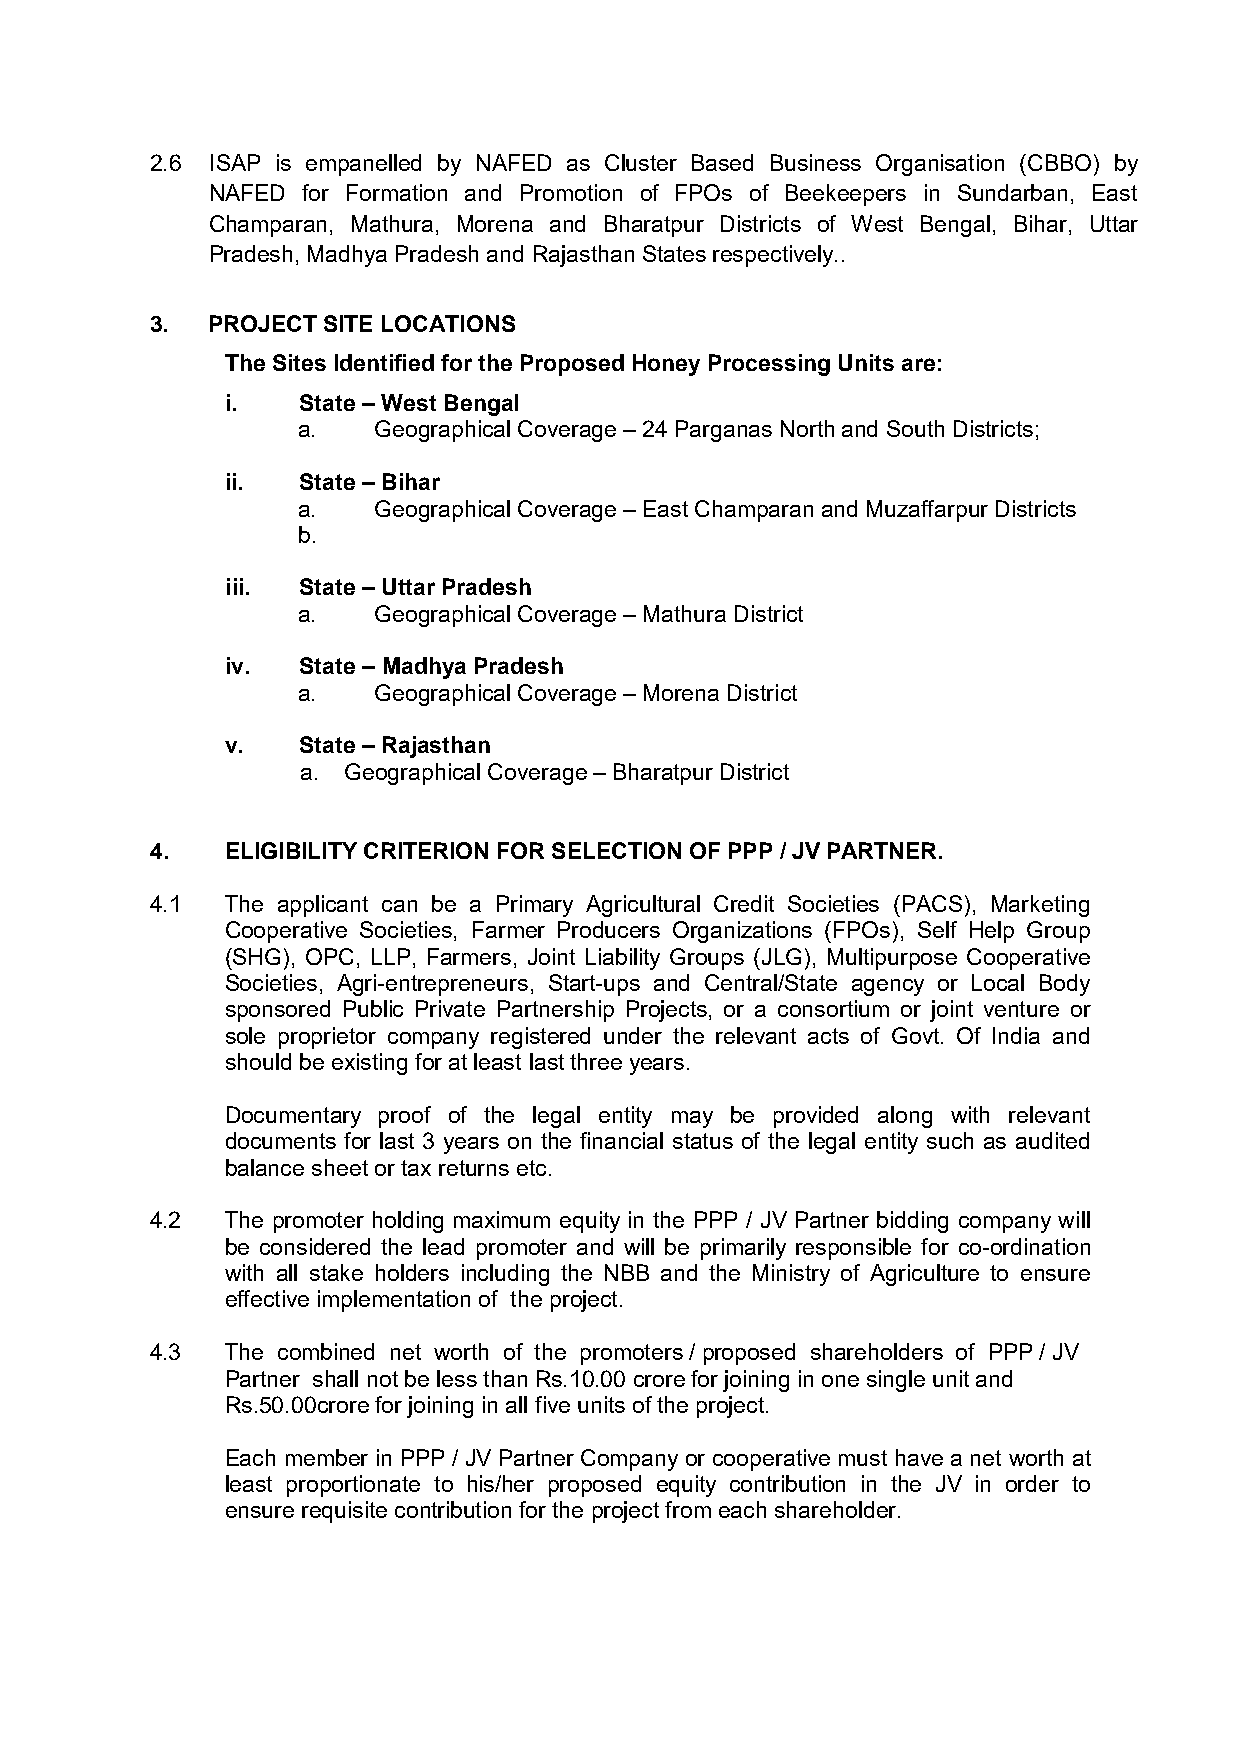
2.6 ISAP is empanelled by NAFED as Cluster Based Business Organisation (CBBO) by
 NAFED for Formation and Promotion of FPOs of Beekeepers in Sundarban, East
 Champaran, Mathura, Morena and Bharatpur Districts of West Bengal, Bihar, Uttar
 Pradesh, Madhya Pradesh and Rajasthan States respectively..
 3.  PROJECT SITE LOCATIONS
 The Sites Identified for the Proposed Honey Processing Units are:
 i.   State – West Bengal
 a.   Geographical Coverage – 24 Parganas North and South Districts;
 ii.  State – Bihar
 a.   Geographical Coverage – East Champaran and Muzaffarpur Districts
 b.
 iii. State – Uttar Pradesh
 a.   Geographical Coverage – Mathura District
 iv.  State – Madhya Pradesh
 a.   Geographical Coverage – Morena District
 v.   State – Rajasthan
 a. Geographical Coverage – Bharatpur District
 4.   ELIGIBILITY CRITERION FOR SELECTION OF PPP / JV PARTNER.
 4.1  The applicant can be a Primary Agricultural Credit Societies (PACS), Marketing
 Cooperative Societies, Farmer Producers Organizations (FPOs), Self Help Group
 (SHG), OPC, LLP, Farmers, Joint Liability Groups (JLG), Multipurpose Cooperative
 Societies, Agri-entrepreneurs, Start-ups and Central/State agency or Local Body
 sponsored Public Private Partnership Projects, or a consortium or joint venture or
 sole proprietor company registered under the relevant acts of Govt. Of India and
 should be existing for at least last three years.
 Documentary proof of the legal entity may be provided along with relevant
 documents for last 3 years on the financial status of the legal entity such as audited
 balance sheet or tax returns etc.
 4.2  The promoter holding maximum equity in the PPP / JV Partner bidding company will
 be considered the lead promoter and will be primarily responsible for co-ordination
 with all stake holders including the NBB and the Ministry of Agriculture to ensure
 effective implementation of the project.
 4.3  The combined net worth of the promoters / proposed shareholders of PPP / JV
 Partner shall not be less than Rs.10.00 crore for joining in one single unit and
 Rs.50.00crore for joining in all five units of the project.
 Each member in PPP / JV Partner Company or cooperative must have a net worth at
 least proportionate to his/her proposed equity contribution in the JV in order to
 ensure requisite contribution for the project from each shareholder.